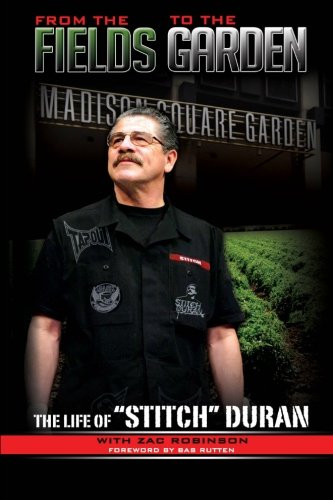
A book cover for From the Fields to the Garden: The Life of Stitch Duran; Stitch Duran; Sports & Outdoors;